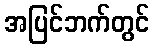
အပြင်ဘက်တွင်